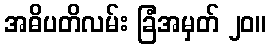
အဓိပတိလမ်း ခြံအမှတ် ၂၀။